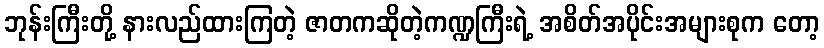
ဘုန်းကြီးတို့ နားလည်ထားကြတဲ့ ဇာတကဆိုတဲ့ကဏ္ဍကြီးရဲ့ အစိတ်အပိုင်းအများစုက တော့